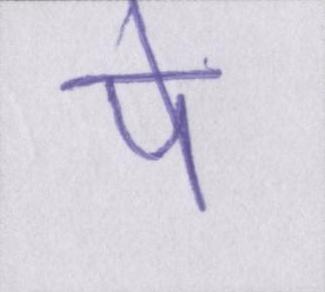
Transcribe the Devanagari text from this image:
पे